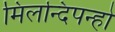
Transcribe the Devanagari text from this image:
मिलन्दिपन्हो